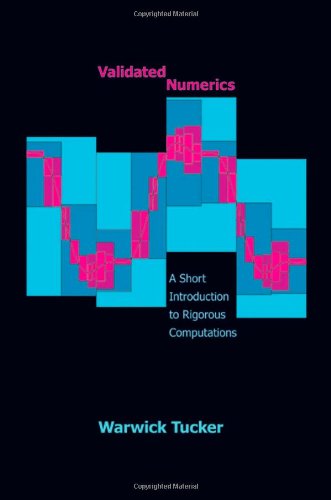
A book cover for Validated Numerics: A Short Introduction to Rigorous Computations; Warwick Tucker; Science & Math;